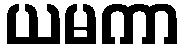
ယမကာ